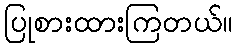
ပြုစားထားကြတယ်။